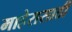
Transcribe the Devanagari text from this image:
माहेरासाठी